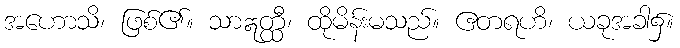
အဟောသိ၊ ဖြစ်၏။ သာဣတ္ထီ၊ ထိုမိန်းမသည်။ ဧတရဟိ၊ ယခုအခါ၌။